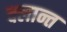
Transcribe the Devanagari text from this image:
क्लान्त